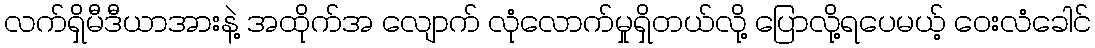
လက်ရှိမီဒီယာအားနဲ့ အထိုက်အ လျောက် လုံလောက်မှုရှိတယ်လို့ ပြောလို့ရပေမယ့် ဝေးလံခေါင်